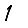
Digit: 1